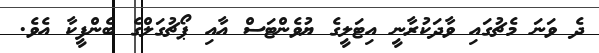
ދެ ވަނަ މެޗުގައި ވާދަކުރާނީ އިޓަލީގެ ޔުވެންޓަސް އާއި ޕޯޗުގަލްގެ ބެންފީކާ އެވެ.